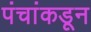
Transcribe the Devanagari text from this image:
पंचांकडून